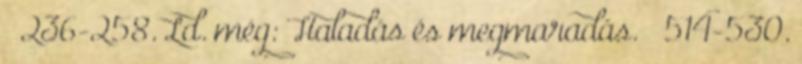
– 236-258. Ld. még: Haladás és megmaradás. – 514-530.